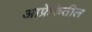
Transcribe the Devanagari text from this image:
आफ्रेकेतील